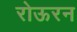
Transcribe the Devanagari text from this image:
रोऊरन